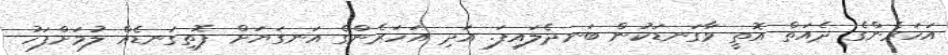
އަހަރެންގެ ދެއަތް އޮތީ ވާގަނޑަކުން ބަނދެލައިފަ. އަދި އަހަރެންގެ އަނގަޔަށް ފޮތިގަނޑެއް ލުމަށްފަހު